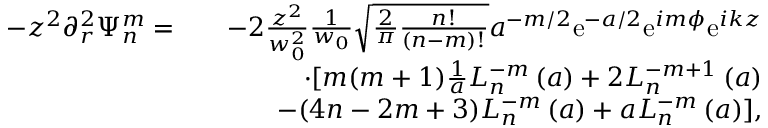
\begin{array} { r l r } { - z ^ { 2 } \partial _ { r } ^ { 2 } \Psi _ { n } ^ { m } = } & { } & { - 2 \frac { z ^ { 2 } } { w _ { 0 } ^ { 2 } } \frac { 1 } { w _ { 0 } } \sqrt { \frac { 2 } { \pi } \frac { n ! } { ( n - m ) ! } } a ^ { - m / 2 } \mathrm { e } ^ { - a / 2 } \mathrm { e } ^ { i m \phi } \mathrm { e } ^ { i k z } } \\ & { } & { \cdot [ m ( m + 1 ) \frac { 1 } { a } L _ { n } ^ { - m } \left( a \right) + 2 L _ { n } ^ { - m + 1 } \left( a \right) } \\ & { } & { - ( 4 n - 2 m + 3 ) L _ { n } ^ { - m } \left( a \right) + a L _ { n } ^ { - m } \left( a \right) ] , } \end{array}